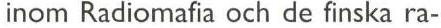
inom Radiomafia och de finska ra-